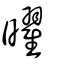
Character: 曜